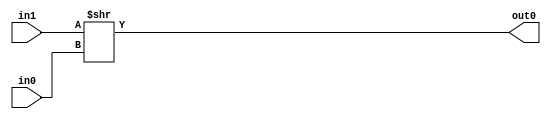
module shift_right(
    input [7:0] in0,
    input [7:0] in1,
    output [8:0] out0
);

    assign out0 = in1 >> in0;

endmodule